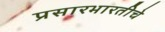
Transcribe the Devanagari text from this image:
प्रसारभारतीचे